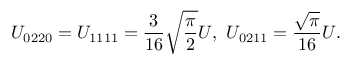
U _ { 0 2 2 0 } = U _ { 1 1 1 1 } = \frac { 3 } { 1 6 } \sqrt { \frac { \pi } { 2 } } U , \ U _ { 0 2 1 1 } = \frac { \sqrt { \pi } } { 1 6 } U .